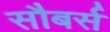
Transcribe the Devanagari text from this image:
सौबर्स